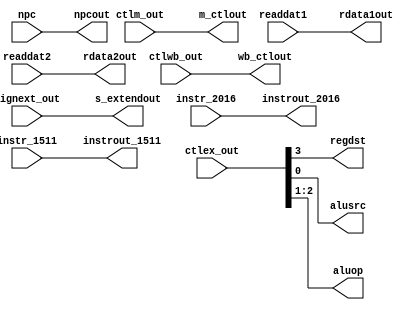
`timescale 1ns / 1ps
/*   id_ex.v  */
module id_ex(
	input		wire 	[1:0]		ctlwb_out,
	input		wire 	[2:0]		ctlm_out,
	input		wire 	[3:0]		ctlex_out,
	input		wire 	[31:0]	npc, readdat1, readdat2, signext_out,
	input		wire	[4:0]		instr_2016, instr_1511,
	output	reg	[1:0]		wb_ctlout,
	output	reg	[2:0]		m_ctlout,
	output	reg				regdst, alusrc,
	output	reg	[1:0]		aluop, 
	output	reg 	[31:0]	npcout, rdata1out, rdata2out, s_extendout,
	output	reg	[4:0]		instrout_2016, instrout_1511
 );
		
initial 
begin
  		wb_ctlout <= 0;
	  	m_ctlout <= 0;
	  	regdst <=  0;
	  	aluop <=  0;
	  	alusrc <= 0;
	  	npcout <= 0;
	  	rdata1out <= 0;
	  	rdata2out <= 0;
	  	s_extendout <= 0;
		instrout_2016 <= 0;
		instrout_1511 <= 0;
end

always @ * 
begin
 		 #1
	 	 wb_ctlout <= ctlwb_out;
		 m_ctlout <= ctlm_out;
		 regdst <= ctlex_out[3];
		 aluop <= ctlex_out[2:1];
		 alusrc <= ctlex_out[0];
		 npcout <= npc;
		 rdata1out <= readdat1;
		 rdata2out <= readdat2;
		 s_extendout <= signext_out;
		 instrout_2016 <= instr_2016;
		 instrout_1511 <= instr_1511;
end
endmodule //id_ex